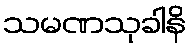
သမဏသုခါနိ